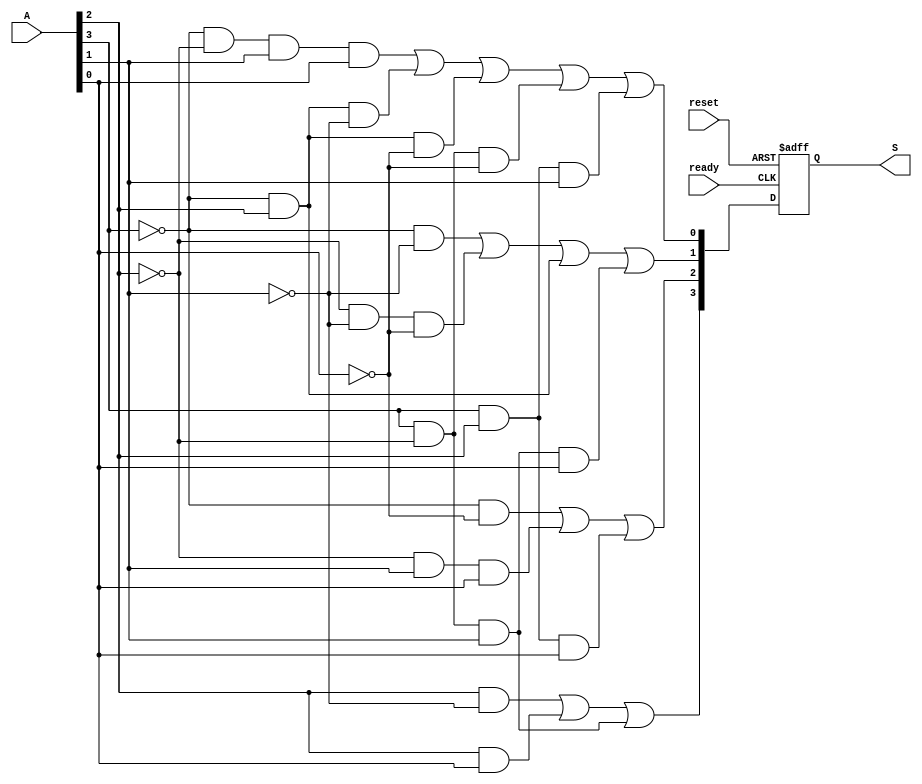
module encoder(
  input [3:0] A,
  input reset,
  input ready,
  output reg [3:0] S
);

  always @(posedge reset or posedge ready) begin
    if (reset) begin
      S <= 4'b0000; 
    end else if (ready) begin
      S[0] <= ~A[3] & ~A[2] & A[1] & A[0] | ~A[3] & A[2] & ~A[1] | ~A[3] & A[2] & ~A[0] | A[3] & ~A[2] & ~A[0] | A[3] & A[2] & A[1];
      S[1] <= ((~A[3] & ~A[1]) | (~A[2] & ~A[1] & ~A[0]) | (~A[3] & A[2]) | (A[3] & ~A[2] & A[1] & A[0]));
      S[2] <= ((~A[3] & ~A[0]) | (~A[2] & A[1] & A[0]) | (A[3] & A[2] & A[0]));
      S[3] <= ((A[2] & ~A[1]) | (A[2] & A[0]) | (A[3] & ~A[2] & A[1]));
    end
  end

endmodule
        
module test_bench();

  reg [3:0] A;
  reg reset;
  reg ready;
  wire [3:0] S;

  encoder uut (
    .A(A),
    .reset(reset),
    .ready(ready),
    .S(S)
  );


  initial begin
  $dumpfile("Module_encoder.vcd");
  $dumpvars(0,A, S, ready, reset );
    ready = 0;
    reset = 1;
    #10
    reset = 0; 
    ready = 0;
    #10 
    A = 4'b0000;    
    reset = 0;
    ready = 1;
    #10
    ready = 0; 
    $display("%b %b", A, S);
    reset = 1;
    #10
    reset = 0; 
    ready = 0;
    #10
    A = 4'b0001;    
    reset = 0;
    ready = 1;
    #10
    ready = 0; 
    $display("%b %b", A, S);
    reset = 1;
    #10
    reset = 0; 
    ready = 0;
    #10
    A = 4'b0010;    
    reset = 0;
    ready = 1;
    #10
    ready = 0; 
    $display("%b %b", A, S);
    reset = 1;
    #10
    reset = 0; 
    ready = 0;
    #10   
    A = 4'b0011;    
    reset = 0;
    ready = 1;
    #10
    ready = 0; 
    $display("%b %b", A, S);
    reset = 1;
    #10
    reset = 0; 
    ready = 0;
    #10   
    A = 4'b0100;    
    reset = 0;
    ready = 1;
    #10
    ready = 0; 
    $display("%b %b", A, S);
    reset = 1;
    #10
    reset = 0; 
    ready = 0;
    #10   
    A = 4'b0101;    
    reset = 0;
    ready = 1;
    #10
    ready = 0; 
    $display("%b %b", A, S);
    reset = 1;
    #10
    reset = 0; 
    ready = 0;
    #10   
    A = 4'b0110;    
    reset = 0;
    ready = 1;
    #10
    ready = 0; 
    $display("%b %b", A, S);
    reset = 1;
    #10
    reset = 0; 
    ready = 0;
    #10   
    A = 4'b0111;    
    reset = 0;
    ready = 1;
    #10
    ready = 0; 
    $display("%b %b", A, S);
    reset = 1;
    #10
    reset = 0; 
    ready = 0;
    #10   
    A = 4'b1000;    
    reset = 0;
    ready = 1;
    #10
    ready = 0; 
    $display("%b %b", A, S);
    reset = 1;
    #10
    reset = 0; 
    ready = 0;
    #10   
    A = 4'b1001;    
    reset = 0;
    ready = 1;
    #10
    ready = 0; 
    $display("%b %b", A, S);
    reset = 1;
    #10
    reset = 0; 
    ready = 0;
    #10   
    A = 4'b1010;    
    reset = 0;
    ready = 1;
    #10
    ready = 0; 
    $display("%b %b", A, S);
    reset = 1;
    #10
    reset = 0; 
    ready = 0;
    #10   
    A = 4'b1011;    
    reset = 0;
    ready = 1;
    #10
    ready = 0; 
    $display("%b %b", A, S);
    reset = 1;
    #10
    reset = 0; 
    ready = 0;
    #10   
    A = 4'b1100;    
    reset = 0;
    ready = 1;
    #10
    ready = 0; 
    $display("%b %b", A, S);
    reset = 1;
    #10
    reset = 0; 
    ready = 0;
    #10   
    A = 4'b1101;    
    reset = 0;
    ready = 1;
    #10
    ready = 0; 
    $display("%b %b", A, S);
    reset = 1;
    #10
    reset = 0; 
    ready = 0;
    #10   
    A = 4'b1110;    
    reset = 0;
    ready = 1;
    #10
    ready = 0; 
    $display("%b %b", A, S);
    reset = 1;
    #10
    reset = 0; 
    ready = 0;
    #10   
    A = 4'b1111;    
    reset = 0;
    ready = 1;
    #10
    ready = 0; 
    $display("%b %b", A, S);
    #10
    $finish;
  end

endmodule